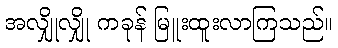
အလျှိုလျှို ကခုန် မြူးထူးလာကြသည်။